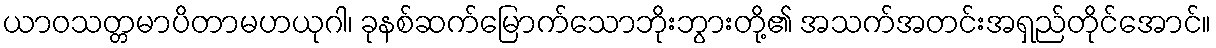
ယာဝသတ္တမာပိတာမဟယုဂါ၊ ခုနစ်ဆက်မြောက်သောဘိုးဘွားတို့၏ အသက်အတင်းအရှည်တိုင်အောင်။